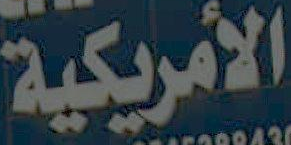
الأمريكية